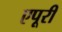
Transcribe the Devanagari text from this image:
एपूरी